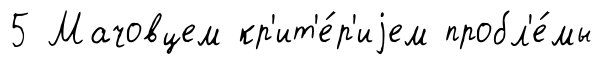
5 Мачовцем кр'ит'е́р'иjем пробл'е́мы